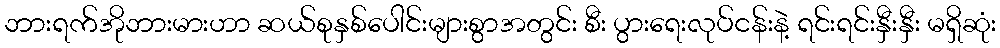
ဘားရက်အိုဘားမားဟာ ဆယ်စုနှစ်ပေါင်းများစွာအတွင်း စီး ပွားရေးလုပ်ငန်းနဲ့ ရင်းရင်းနှီးနှီး မရှိဆုံး